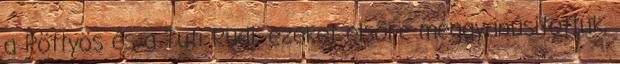
a Pöttyös és a Tuti Rudi, ezeket elsőre meggyanúsítottuk,